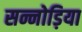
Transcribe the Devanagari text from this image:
सन्नोड़िया